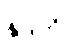
နုဒတိ